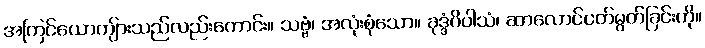
အကြင်ယောကျ်ားသည်လည်းကောင်း။ သဗ္ဗံ၊ အလုံးစုံသော။ ခုဒ္ဒံပိပါသံ၊ ဆာလောင်ငတ်မွတ်ခြင်းကို။